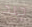
جيد